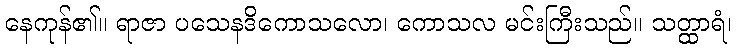
နေကုန်၏။ ရာဇာ ပသေနဒိကောသလော၊ ကောသလ မင်းကြီးသည်။ သတ္ထာရံ၊